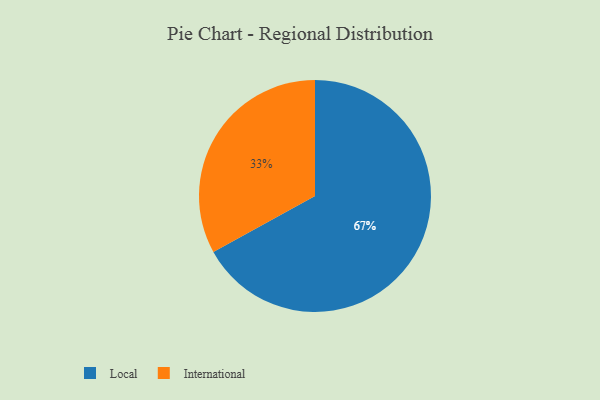
{"axis": {"x": "Category", "y": "Percentage"}, "legend": ["International", "Local"], "data": [{"x": "Local", "y": 67, "type": "Local"}, {"x": "International", "y": 33, "type": "International"}]}